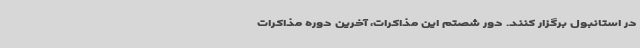
در استانبول برگزار کنند. دور شصتم این مذاکرات، آخرین دوره مذاکرات